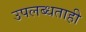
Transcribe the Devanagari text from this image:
उपलब्धताही